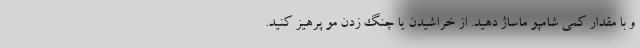
و با مقدار کمی شامپو ماساژ دهید. از خراشیدن یا چنگ زدن مو پرهیز کنید.